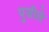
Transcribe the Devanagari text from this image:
पुजीले